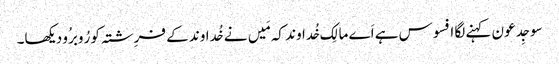
سو جِدعو ن کہنے لگا افسوس ہے اَے مالِک خُداوند کہ مَیں نے خُداوند کے فرِشتہ کو رُوبرُو دیکھا۔